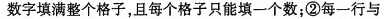
数字填满整个格子，且每个格子只能填一个数；②每一行与